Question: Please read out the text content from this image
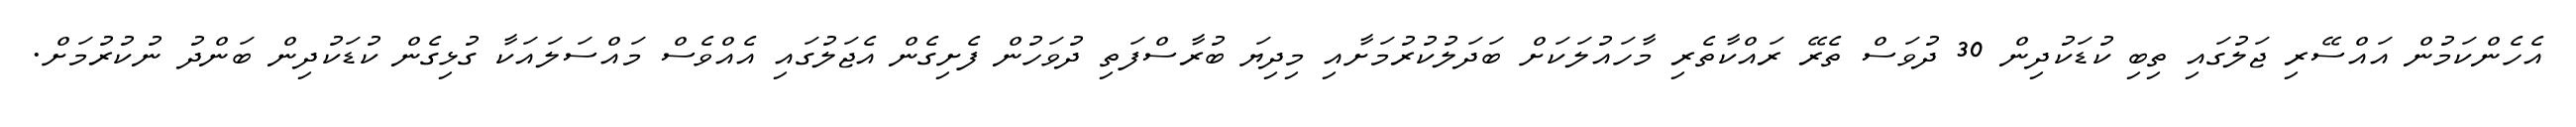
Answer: އެހެންކަމުން އައްސޭރި ޖަލުގައި ތިބި ކުޑަކުދިން 30 ދުވަސް ތެރޭ ރައްކާތެރި މާހައުލަކަށް ބަދަލުކުރުމަށާއި މިދިޔަ ބުރާސްފަތި ދުވަހުން ފެށިގެން އެޖަލުގައި އެއްވެސް މައްސަލައަކާ ގުޅިގެން ކުޑަކުދިން ބަންދު ނުކުރުމަށް.